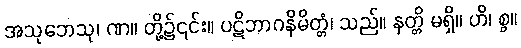
အသုဘေသု၊ ဏ။ တို့၌၎င်း။ ပဋိဘာဂနိမိတ္တံ၊ သည်။ နတ္တိ မရှိ။ ဟိ၊ စွ။